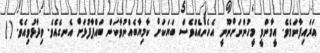
އަރައިފާނަމެވެ. އީމާންވީ މީހުންނަށްނޫނީ އެހެންއެއްވެސް ބަޔަކަށް ކާމިޔާބެއްނުވާކަން ބައްޕާފުޅަށް އެނގެއެވެ. ވިދާޅުވިއެވެ. ((